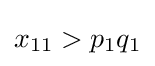
x_{11}>p_{1}q_{1}